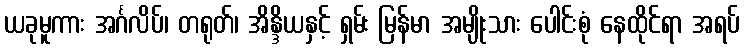
ယခုမူကား အင်္ဂလိပ်၊ တရုတ်၊ အိန္ဒိယနှင့် ရှမ်း မြန်မာ အမျိုးသား ပေါင်းစုံ နေထိုင်ရာ အရပ်